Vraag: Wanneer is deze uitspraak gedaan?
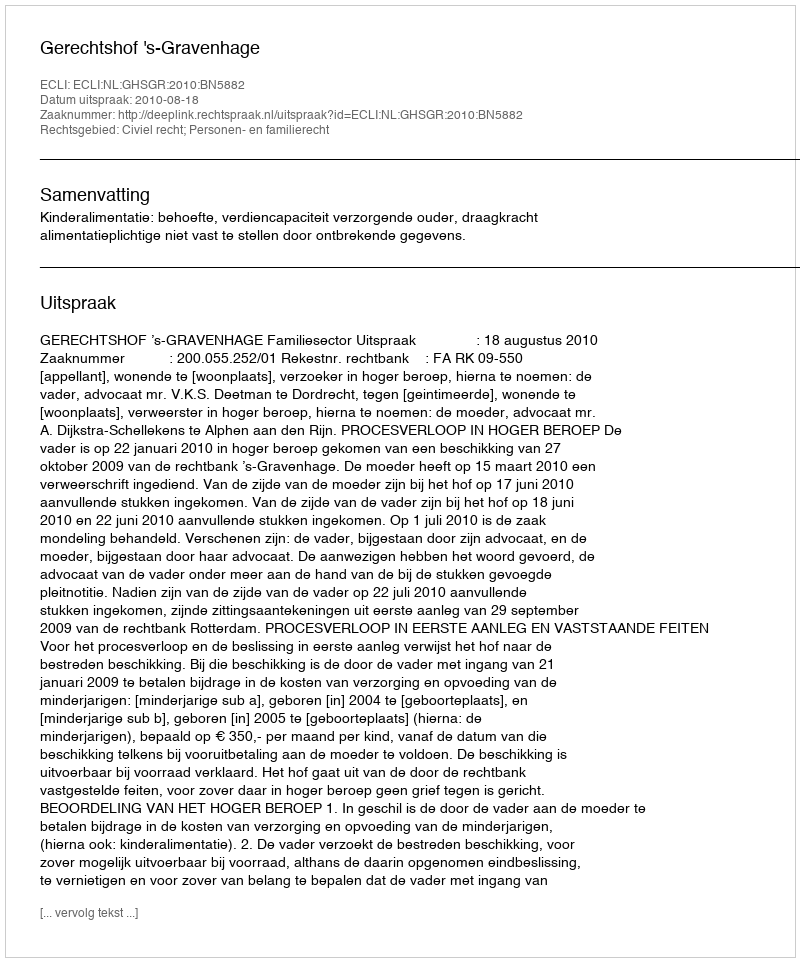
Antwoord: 2010-08-18